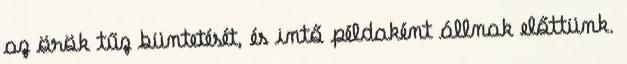
az örök tűz büntetését, és intő példaként állnak előttünk.